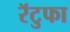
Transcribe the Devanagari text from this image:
रॅटुफा